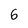
Character: 6